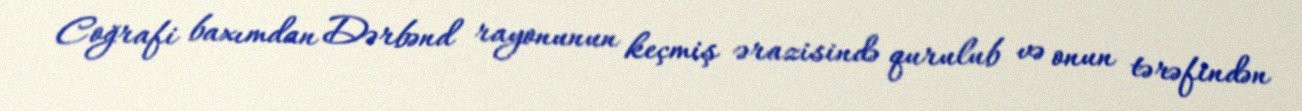
Coğrafi baxımdan Dərbənd rayonunun keçmiş ərazisində qurulub və onun tərəfindən